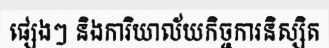
ផ្សេងៗ និងការិយាល័យកិច្ចការនិស្សិត